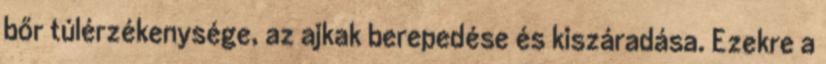
bőr túlérzékenysége, az ajkak berepedése és kiszáradása. Ezekre a